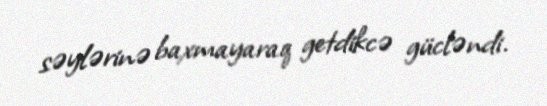
səylərinə baxmayaraq getdikcə gücləndi.